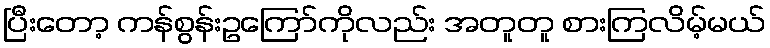
ပြီးတော့ ကန်စွန်းဥကြော်ကိုလည်း အတူတူ စားကြလိမ့်မယ်